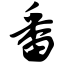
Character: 番